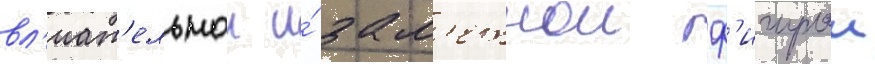
вл'иат'ельнои и́ зам'етнои ф'игурои